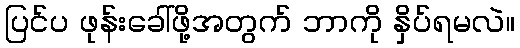
ပြင်ပ ဖုန်းခေါ်ဖို့အတွက် ဘာကို နှိပ်ရမလဲ။